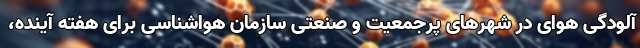
آلودگی هوای در شهرهای پرجمعیت و صنعتی سازمان هواشناسی برای هفته آینده،